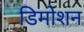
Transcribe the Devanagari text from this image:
डिमोशन